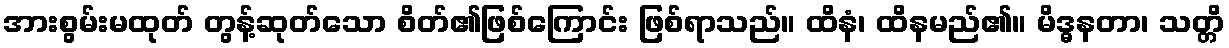
အားစွမ်းမထုတ် တွန့်ဆုတ်သော စိတ်၏ဖြစ်ကြောင်း ဖြစ်ရာသည်။ ထိနံ၊ ထိနမည်၏။ မိဒ္ဓနတာ၊ သတ္တိ